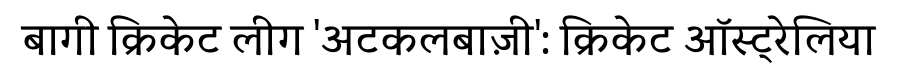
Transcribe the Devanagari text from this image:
बागी क्रिकेट लीग 'अटकलबाज़ी': क्रिकेट ऑस्ट्रेलिया